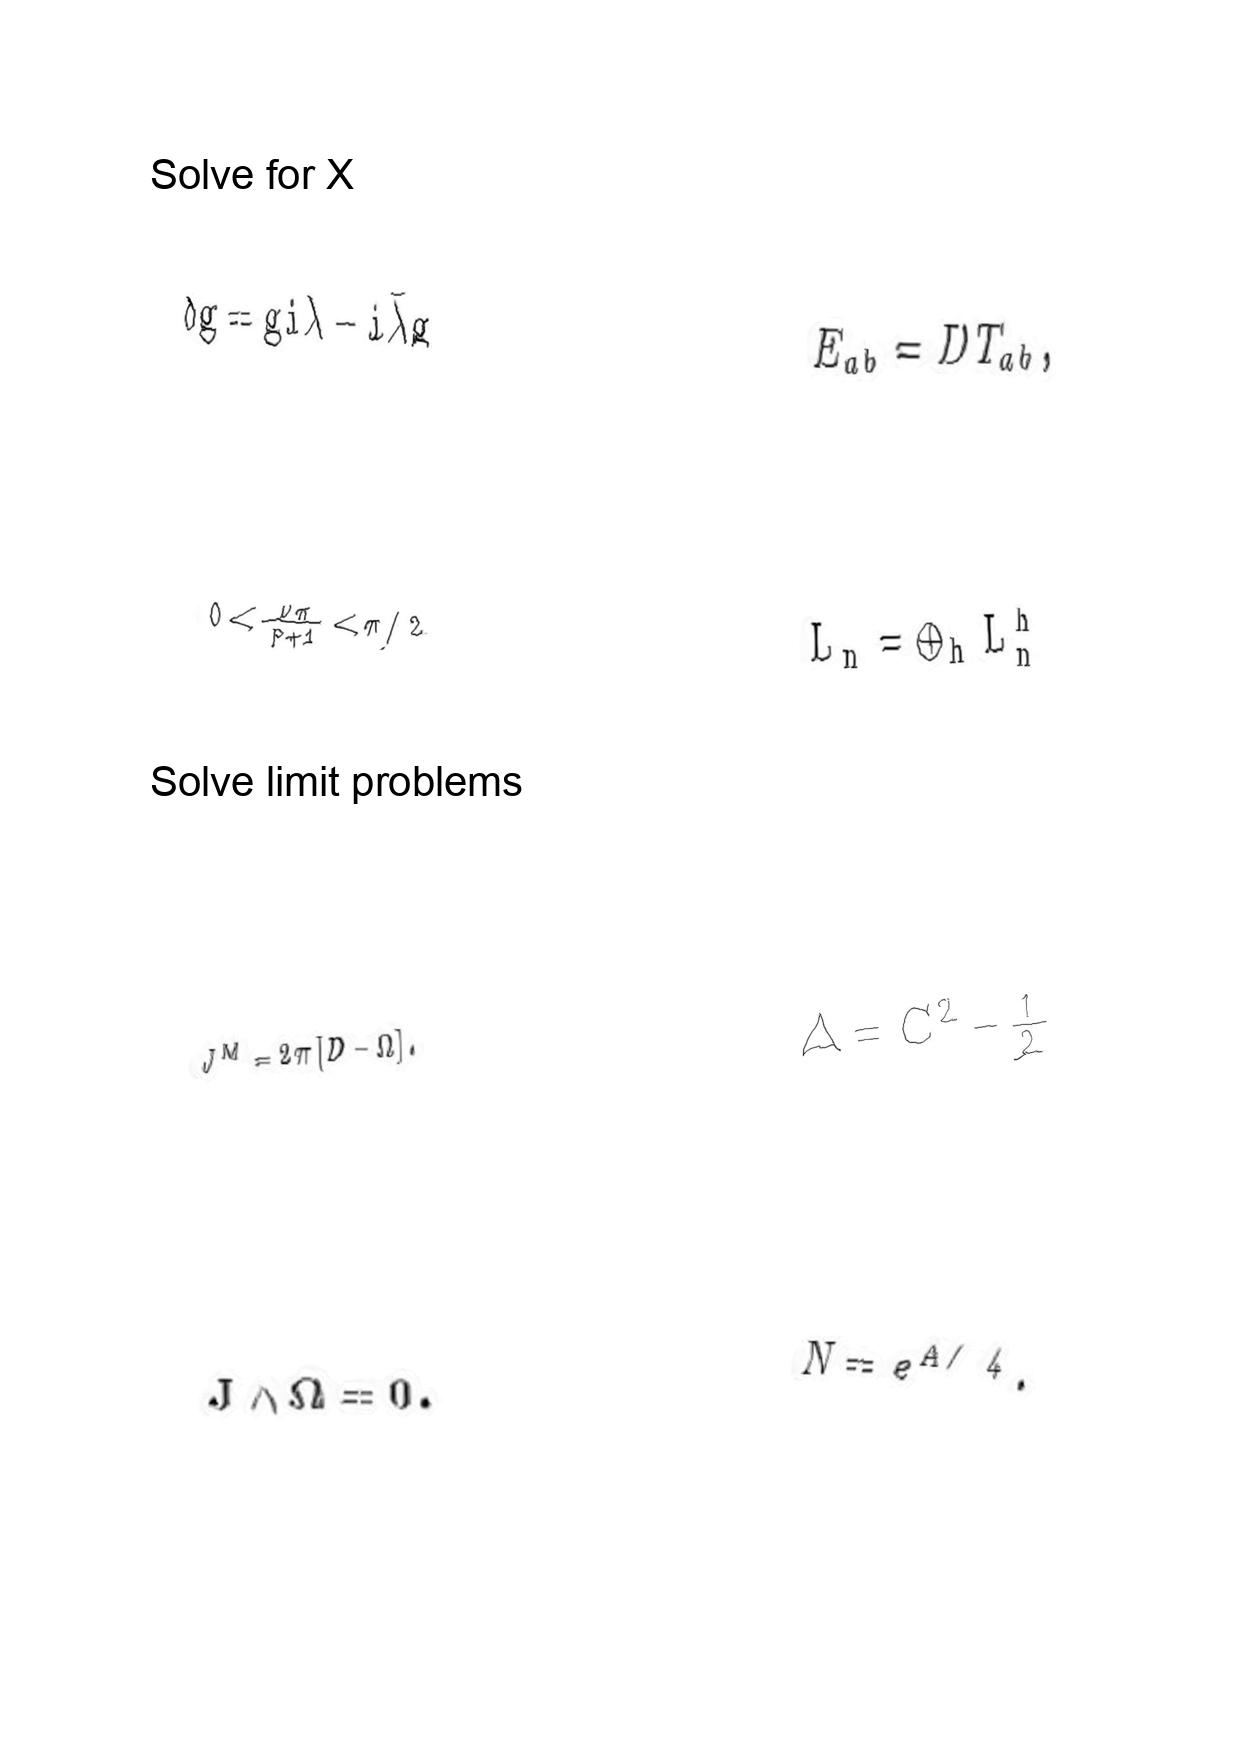
LaTeX transcription:
\delta g = g i \lambda - i \bar { \lambda } g
0 \lt \frac { \nu \pi } { p + 1 } \lt \pi / 2
J ^ { M } = 2 \pi \lbrack D - \Omega \rbrack .
J \wedge \Omega = 0 .
E _ { a b } = D T _ { a b } ,
L _ { n } = \oplus _ { h } L _ { n } ^ { h }
\Delta = C ^ { 2 } - \frac { 1 } { 2 }
N = e ^ { A / 4 } .